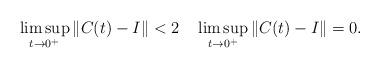
\begin{align*}\limsup_{t\to0^{+}}\|C(t) - I\| <2 \quad \limsup_{t\to0^{+}}\|C(t) - I\| = 0.\end{align*}